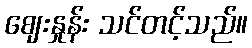
ဈေးနှုန်း သင်တင့်သည်။